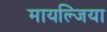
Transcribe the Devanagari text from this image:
मायल्जिया